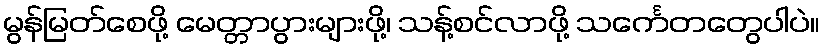
မွန်မြတ်စေဖို့ မေတ္တာပွားများဖို့၊ သန့်စင်လာဖို့ သင်္ကေတတွေပါပဲ။